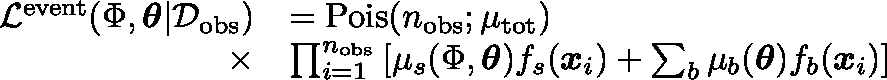
\begin{array} { r l } { \mathcal { L } ^ { \mathrm { e v e n t } } ( \Phi , \mathbf { \boldsymbol { \theta } } | \mathcal { D } _ { \mathrm { o b s } } ) } & { = \mathrm { P o i s } ( n _ { \mathrm { o b s } } ; \mu _ { \mathrm { t o t } } ) } \\ { \times } & { \prod _ { i = 1 } ^ { n _ { \mathrm { o b s } } } \left[ \mu _ { s } ( \Phi , \boldsymbol { \theta } ) f _ { s } ( \boldsymbol { x } _ { i } ) + \sum _ { b } \mu _ { b } ( \boldsymbol { \theta } ) f _ { b } ( \boldsymbol { x } _ { i } ) \right] } \end{array}